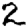
Digit: 2